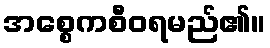
အစ္စေကစီဝရမည်၏။